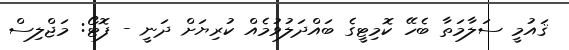
ޤައުމީ ސަލާމަތާ ބެހޭ ކޮމިޓީގެ ބައްދަލުވުމެއް ކުރިޔަށް ދަނީ - ފޮޓޯ: މަޖްލިސް